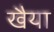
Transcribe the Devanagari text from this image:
खैया